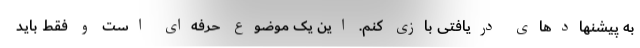
به پیشنهادهای دریافتی بازی کنم. این یک موضوع حرفه‌ای است و فقط باید